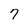
Character: 7